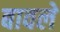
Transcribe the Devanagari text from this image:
बावले